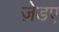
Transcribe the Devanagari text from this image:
ज़ेडए